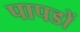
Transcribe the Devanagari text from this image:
पापडों